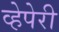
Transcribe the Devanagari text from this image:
व्हेपेरी